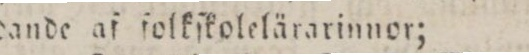
dande af folkſkolelärarinnor;